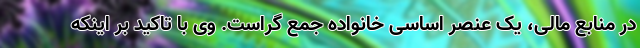
در منابع مالی، یک عنصر اساسی خانواده جمع گراست. وی با تاکید بر اینکه